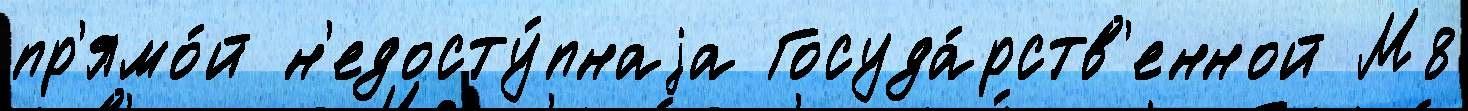
пр'ямо́й н'едосту́пнаjа Госуда́рств'енной М8